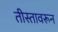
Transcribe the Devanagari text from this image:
तीस्तावरून